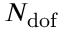
N _ { \mathrm { d o f } }